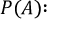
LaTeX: P ( A ) { \mathrm { : } }